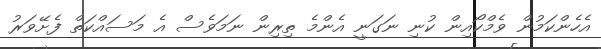
އެހެންކަމުން ވެމްކޯއިން ކުނި ނަގަނީ އެންމެ ތިރިން ނަމަވެސް އެ މަސައްކަތް ފެށޭވަރު